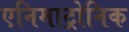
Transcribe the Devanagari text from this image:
एनिमाट्रोनिक